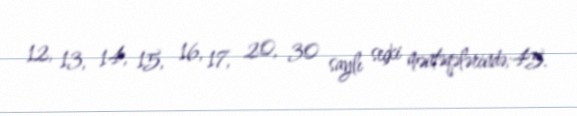
12, 13, 14, 15, 16, 17, 20, 30 saylı seçki məntəqələrində;45.